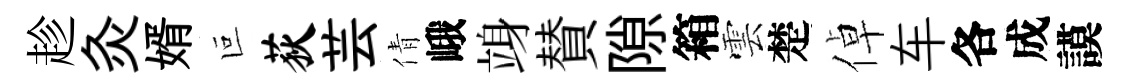
趁灸婿叵荻芸倩峨竧賛隙箱雲楚倬车各成謨